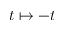
t \mapsto - t